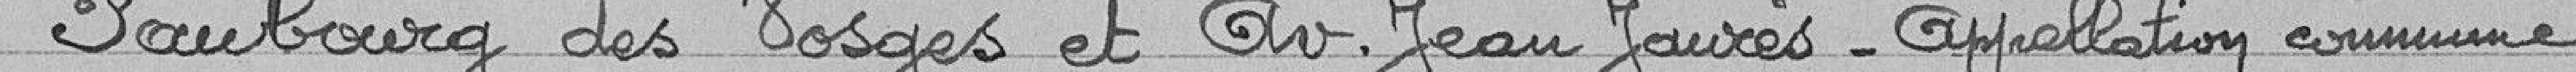
Faubourg des Vosges et Av. Jean Jaurès - Approbation commune